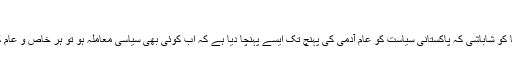
ہوم کالم کھیلن کو مانگے چاند
میڈیا اور خصوصا سوشل میڈیا کو شاباشی کہ پاکستانی سیاست کو عام آدمی کی پہنچ تک ایسے پہنچا دیا ہے کہ اب کوئی بھی سیاسی معاملہ ہو تو ہر خاص و عام کی بحث کا مرکز بن جاتا ہے۔